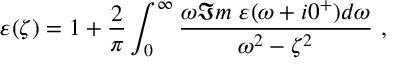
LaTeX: \varepsilon ( \zeta ) = 1 + { \frac { 2 } { \pi } } \int _ { 0 } ^ { \infty } { \frac { \omega \Im m \ \varepsilon ( \omega + i 0 ^ { + } ) d \omega } { \omega ^ { 2 } - \zeta ^ { 2 } } } \ ,